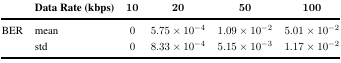
|  | Data Rate (kbps) | 10 | 20 | 50 | 100 |
 | --- | --- | --- | --- | --- | --- |
 | <ROWSPAN=2> BER | mean | 0 | 5.75 × 10−4 | 1.09 × 10−2 | 5.01 × 10−2 |
 | std | 0 | 8.33 × 10−4 | 5.15 × 10−3 | 1.17 × 10−2 |